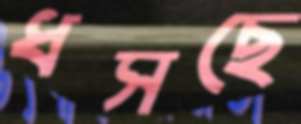
ধসছে